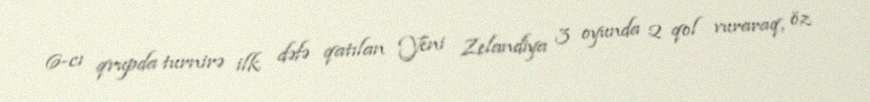
6-cı qrupda turnirə ilk dəfə qatılan Yeni Zelandiya 3 oyunda 2 qol vuraraq, öz